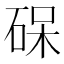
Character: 𮀛